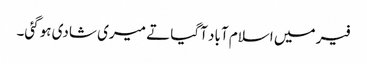
فیر میں اسلام آباد آگیا تے میری شادی ہوگئی۔